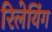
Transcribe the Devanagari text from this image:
रिलेयिंग